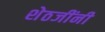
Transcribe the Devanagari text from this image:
शेठजींनी